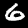
Digit: 6